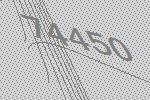
74450